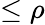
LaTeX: \le\rho